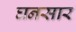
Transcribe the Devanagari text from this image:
घनसार